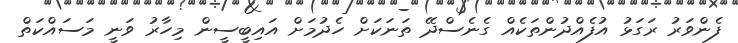
ފެންވަރު ރަގަޅު އުފެއްދުންތަކެއް ގެނެސްދޭ ތަނަކަށް ހެދުމަށް އައިބީސީން މިހާރު ވަނީ މަސައްކަތް